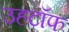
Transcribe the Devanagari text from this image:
उहटॉफ